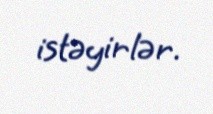
istəyirlər.